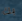
بك